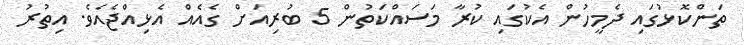
ތަންކޮޅުގައި ދެމީހުން އެކުގައި ކުރާ މަސައްކަތުން 5 ބުރިއަށް ގެއެއް އެޅިއްޖެއެވެ. އިތުރު